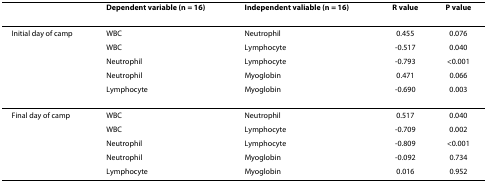
<table><thead><tr><td></td><td><b>Dependent variable (n = 16)</b></td><td><b>Independent valiable (n = 16)</b></td><td><b>R value</b></td><td><b>P value</b></td></tr></thead><tbody><tr><td>Initial day of camp</td><td>WBC</td><td>Neutrophil</td><td>0.455</td><td>0.076</td></tr><tr><td></td><td>WBC</td><td>Lymphocyte</td><td>-0.517</td><td>0.040</td></tr><tr><td></td><td>Neutrophil</td><td>Lymphocyte</td><td>-0.793</td><td>&lt;0.001</td></tr><tr><td></td><td>Neutrophil</td><td>Myoglobin</td><td>0.471</td><td>0.066</td></tr><tr><td></td><td>Lymphocyte</td><td>Myoglobin</td><td>-0.690</td><td>0.003</td></tr><tr><td>Final day of camp</td><td>WBC</td><td>Neutrophil</td><td>0.517</td><td>0.040</td></tr><tr><td></td><td>WBC</td><td>Lymphocyte</td><td>-0.709</td><td>0.002</td></tr><tr><td></td><td>Neutrophil</td><td>Lymphocyte</td><td>-0.809</td><td>&lt;0.001</td></tr><tr><td></td><td>Neutrophil</td><td>Myoglobin</td><td>-0.092</td><td>0.734</td></tr><tr><td></td><td>Lymphocyte</td><td>Myoglobin</td><td>0.016</td><td>0.952</td></tr></tbody></table>